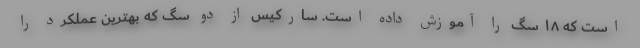
است که ۱۸ سگ را آموزش داده است. سارکیس از دو سگ که بهترین عملکرد را